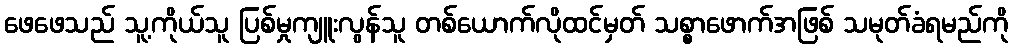
ဖေဖေသည် သူ့ကိုယ်သူ ပြစ်မှုကျူးလွန်သူ တစ်ယောက်လိုထင်မှတ် သစ္စာဖောက်အဖြစ် သမုတ်ခံရမည်ကို